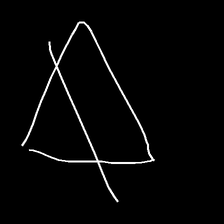
Glyph: empower